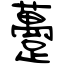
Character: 躉